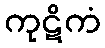
ကုဋိကံ